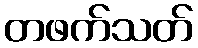
တဖက်သတ်